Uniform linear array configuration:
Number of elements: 24
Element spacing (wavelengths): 0.5
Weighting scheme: cosine
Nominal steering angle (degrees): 30
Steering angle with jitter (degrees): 29.571
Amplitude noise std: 0.05
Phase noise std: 0.05

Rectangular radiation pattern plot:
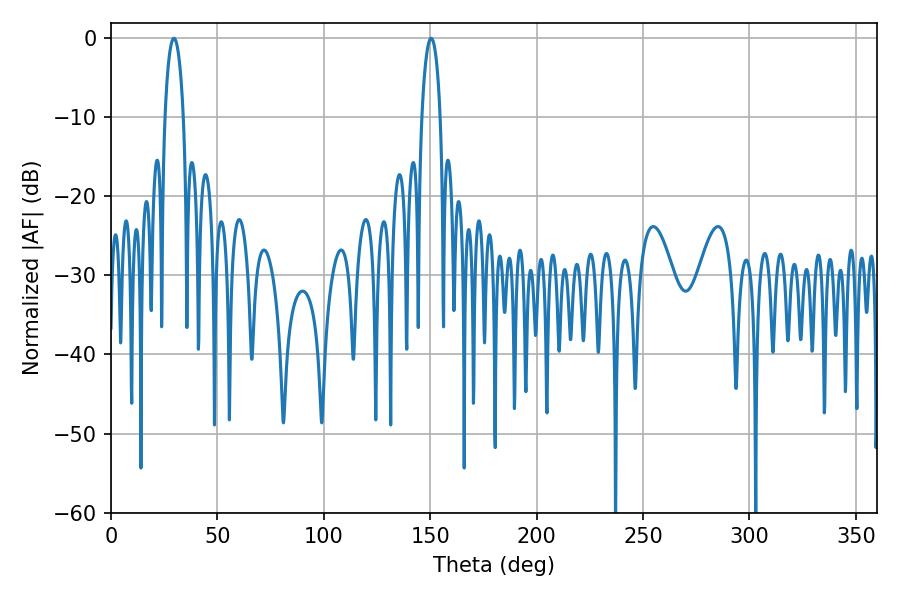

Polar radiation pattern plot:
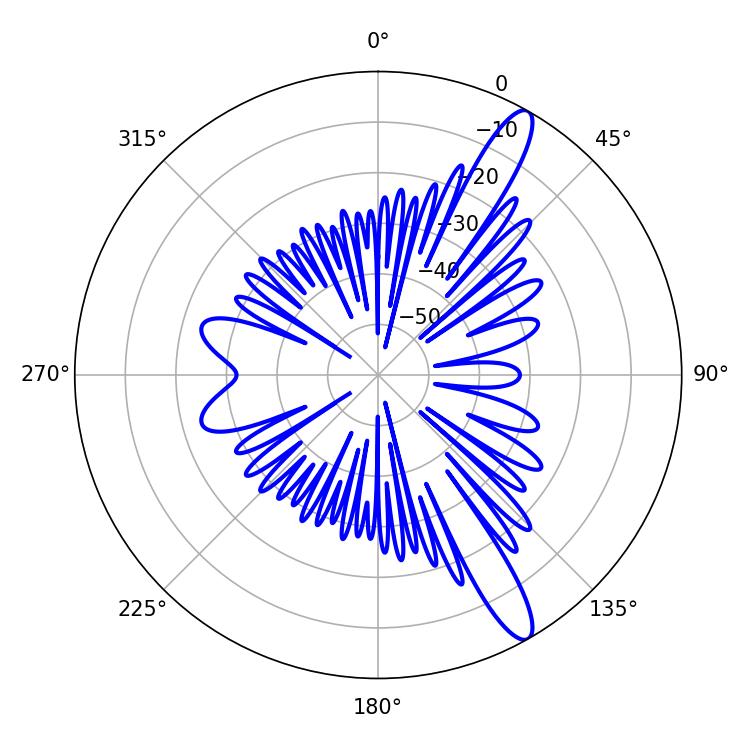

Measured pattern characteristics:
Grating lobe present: FALSE
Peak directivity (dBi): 13.295
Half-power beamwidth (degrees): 4.86
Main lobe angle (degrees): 29.52